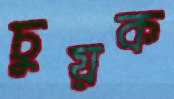
চুয়ক